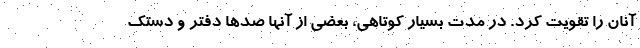
آنان را تقویت کرد. در مدت بسیار کوتاهی، بعضی از آنها صدها دفتر و دستک